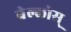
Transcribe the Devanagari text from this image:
बेल्लोस्